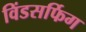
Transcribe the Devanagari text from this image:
विंडसर्फिग